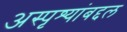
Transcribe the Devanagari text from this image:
अस्पृश्यांबद्दल